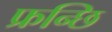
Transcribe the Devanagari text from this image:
फ्रन्छि